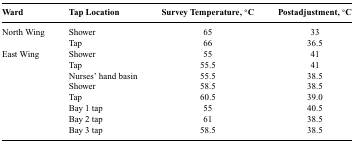
| Ward | Tap Location | Survey Temperature, °C | Postadjustment, °C |
 | --- | --- | --- | --- |
 | North Wing | Shower | 65 | 33 |
 |  | Tap | 66 | 36.5 |
 | East Wing | Shower | 55 | 41 |
 |  | Tap | 55.5 | 41 |
 |  | Nurses' hand basin | 55.5 | 38.5 |
 |  | Shower | 58.5 | 38.5 |
 |  | Tap | 60.5 | 39.0 |
 |  | Bay 1 tap | 55 | 40.5 |
 |  | Bay 2 tap | 61 | 38.5 |
 |  | Bay 3 tap | 58.5 | 38.5 |